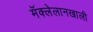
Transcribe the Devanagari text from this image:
मॅक्लेलानखाली